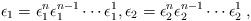
LaTeX: \begin{align*}\epsilon_1 = \epsilon_1^n\epsilon^{n-1}_1\cdots \epsilon^1_1,\epsilon_2 = \epsilon^n_2\epsilon^{n-1}_2\cdots \epsilon^1_2\;,\end{align*}